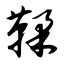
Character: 鞣